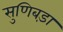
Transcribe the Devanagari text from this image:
सुणिबड़ा